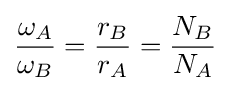
{\frac {\omega _{A}}{\omega _{B}}}={\frac {r_{B}}{r_{A}}}={\frac {N_{B}}{N_{A}}}